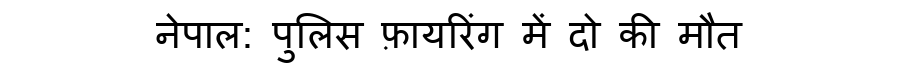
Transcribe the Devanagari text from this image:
नेपाल: पुलिस फ़ायरिंग में दो की मौत